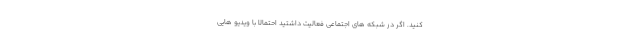
کنید. اگر در شبکه های اجتماعی فعالیت داشتید احتمالا با ویدیو هایی